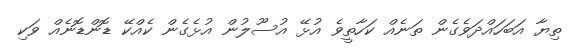
ތިޔާ އަބަހައްދަވެގެން ތަނެއް ކަހާތީވެ އުޅޭ އުސޫލުން އުޅެގެން ކެއްކޭ ޑޮންޑޮނެއް ވަކި